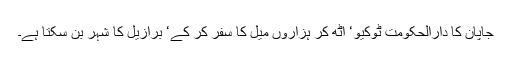
جاپان کا دارالحکومت ٹوکیو‘ اٹھ کر ہزاروں میل کا سفر کر کے‘ برازیل کا شہر بن سکتا ہے۔